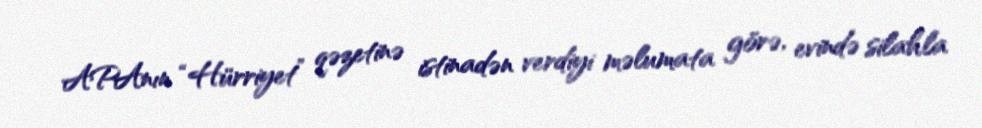
APAnın “Hürriyet” qəzetinə istinadən verdiyi məlumata görə, evində silahla